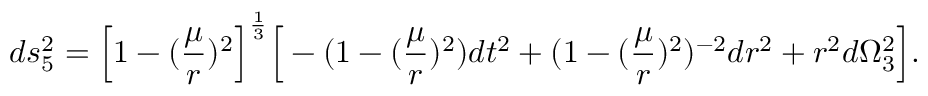
d s _ { 5 } ^ { 2 } = \Big [ 1 - ( { \frac { \mu } { r } } ) ^ { 2 } \Big ] ^ { \frac { 1 } { 3 } } \Big [ - ( 1 - ( { \frac { \mu } { r } } ) ^ { 2 } ) d t ^ { 2 } + ( 1 - ( { \frac { \mu } { r } } ) ^ { 2 } ) ^ { - 2 } d r ^ { 2 } + r ^ { 2 } d \Omega _ { 3 } ^ { 2 } \Big ] .